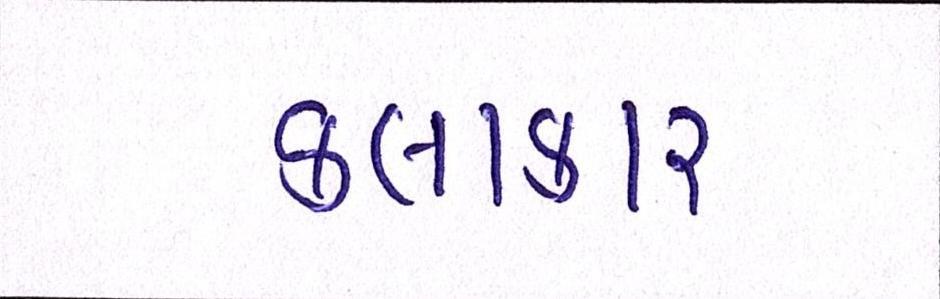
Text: કલાકાર